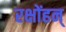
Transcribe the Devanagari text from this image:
रक्षोंहन्